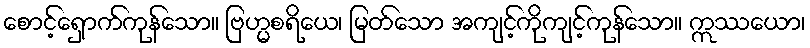
စောင့်ရှောက်ကုန်သော။ ဗြဟ္မစရိယေ၊ မြတ်သော အကျင့်ကိုကျင့်ကုန်သော။ ဣဿယော၊